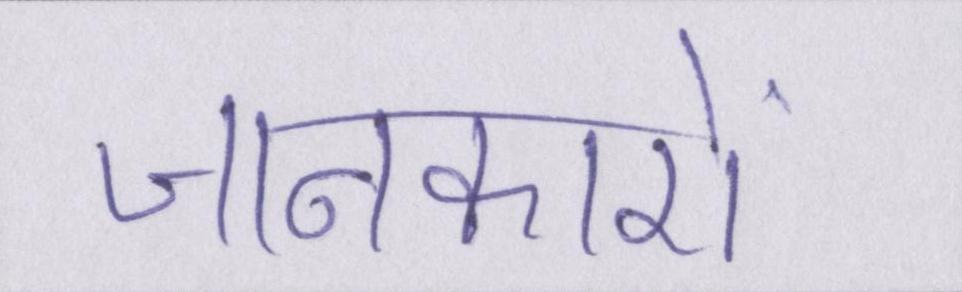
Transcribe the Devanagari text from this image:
जानकारों